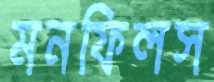
মনফিলস